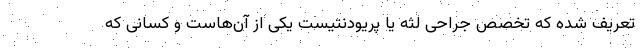
تعریف شده که تخصص جراحی لثه یا پریودنتیست یکی از آن‌هاست و کسانی که